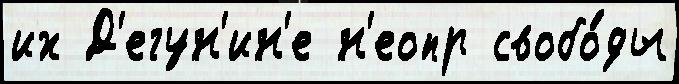
их Д'егун'ин'е н'еопр свобо́ды